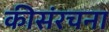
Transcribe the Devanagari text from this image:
कीसंरचना